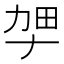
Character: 𫦫